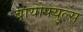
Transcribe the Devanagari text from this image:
बायोफ्युल्स